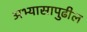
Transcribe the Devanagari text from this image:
अभ्यासापुढील